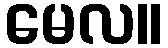
မေလ။